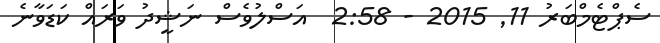
ސެޕްޓެމްބަރު 11